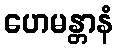
ဟေမန္တာနံ